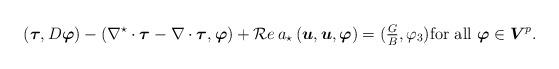
LaTeX: \begin{align*}\left(\boldsymbol\tau,D \boldsymbol\varphi\right) -\left(\nabla^\star\cdot \boldsymbol\tau-\nabla\cdot \boldsymbol\tau,\boldsymbol\varphi\right)+{\cal R}e\,a_\star\left(\boldsymbol u, \boldsymbol u,\boldsymbol\varphi\right)=(\tfrac{G}{B},\varphi_3)\mbox{for all} \ \boldsymbol\varphi\in \boldsymbol V^p.\end{align*}